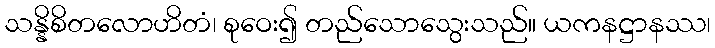
သန္နိစိတလောဟိတံ၊ စုဝေး၍ တည်သောသွေးသည်။ ယကနဋ္ဌာနဿ၊